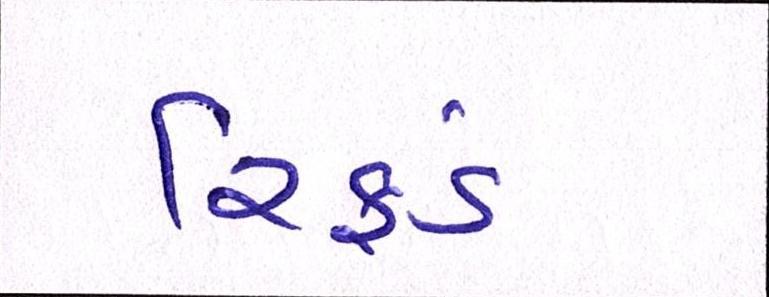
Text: રિફડં